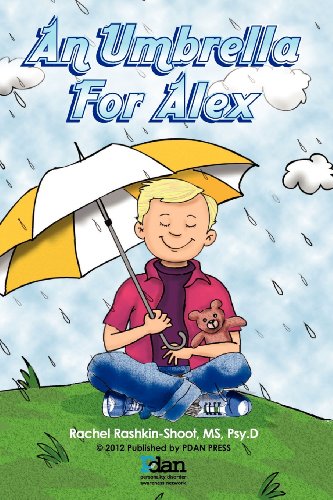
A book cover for An Umbrella for Alex; Rachel Rashkin-Shoot; Parenting & Relationships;